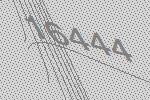
16444